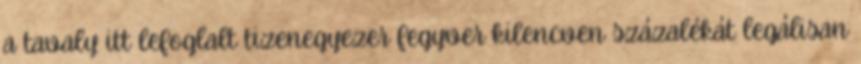
a tavaly itt lefoglalt tizenegyezer fegyver kilencven százalékát legálisan